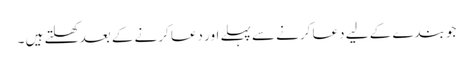
جو بندے کے لیے دعا کرنے سے پہلے اور دعا کرنے کے بعد کھلتے ہیں ۔